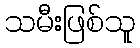
သမီးဖြစ်သူ